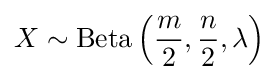
X\sim {\mbox{Beta}}\left({\frac {m}{2}},{\frac {n}{2}},\lambda \right)